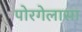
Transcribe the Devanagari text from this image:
पोरगेलासा